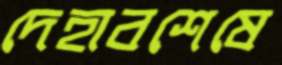
দেহাবশেষে